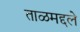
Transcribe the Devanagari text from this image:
ताळमद्दले